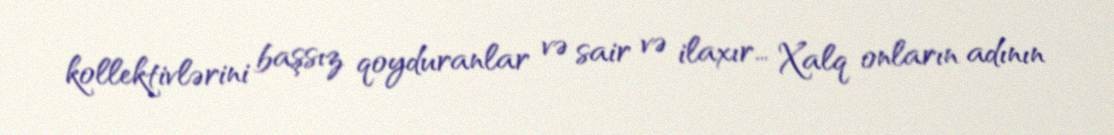
kollektivlərini başsız qoyduranlar və sair və ilaxır… Xalq onların adının